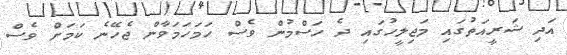
އަދި ޝަރީއަތުގައި މަޖިލީހުގައި ދެ ހަސްމުން ވެސް ހަމަހަމަވާން ޖެހޭނެ ކަމަށް ވެސް